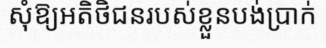
សុំឱ្យអតិថិជនរបស់ខ្លួនបង់ប្រាក់